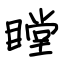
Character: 瞠